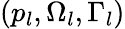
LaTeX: \left({{p}_{l}},{{\Omega}_{l}},{{\Gamma}_{l}}\right)